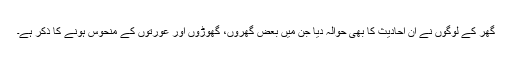
گھر کے لوگوں نے ان احادیث کا بھی حوالہ دیا جن میں بعض گھروں، گھوڑوں اور عورتوں کے منحوس ہونے کا ذکر ہے۔